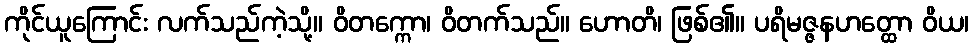
ကိုင်ယူကြောင်း လက်သည်ကဲ့သို့။ ဝိတက္ကော၊ ဝိတက်သည်။ ဟောတိ၊ ဖြစ်၏။ ပရိမဇ္ဇနဟတ္ထော ဝိယ၊